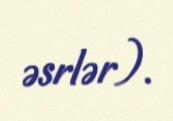
əsrlər).